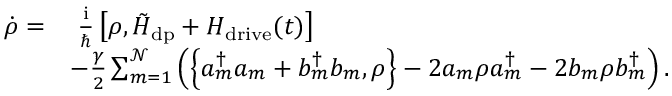
\begin{array} { r l } { \dot { \rho } = } & { \; \frac { \mathrm { i } } { \hbar } \left[ \rho , \tilde { H } _ { \mathrm { d p } } + H _ { \mathrm { d r i v e } } ( t ) \right] } \\ & { - \frac { \gamma } { 2 } \sum _ { m = 1 } ^ { \mathcal { N } } \left( \left\{ a _ { m } ^ { \dagger } a _ { m } ^ { \phantom { \dagger } } + b _ { m } ^ { \dagger } b _ { m } ^ { \phantom { \dagger } } , \rho \right\} - 2 a _ { m } ^ { \phantom { \dagger } } \rho a _ { m } ^ { \dagger } - 2 b _ { m } ^ { \phantom { \dagger } } \rho b _ { m } ^ { \dagger } \right) . } \end{array}